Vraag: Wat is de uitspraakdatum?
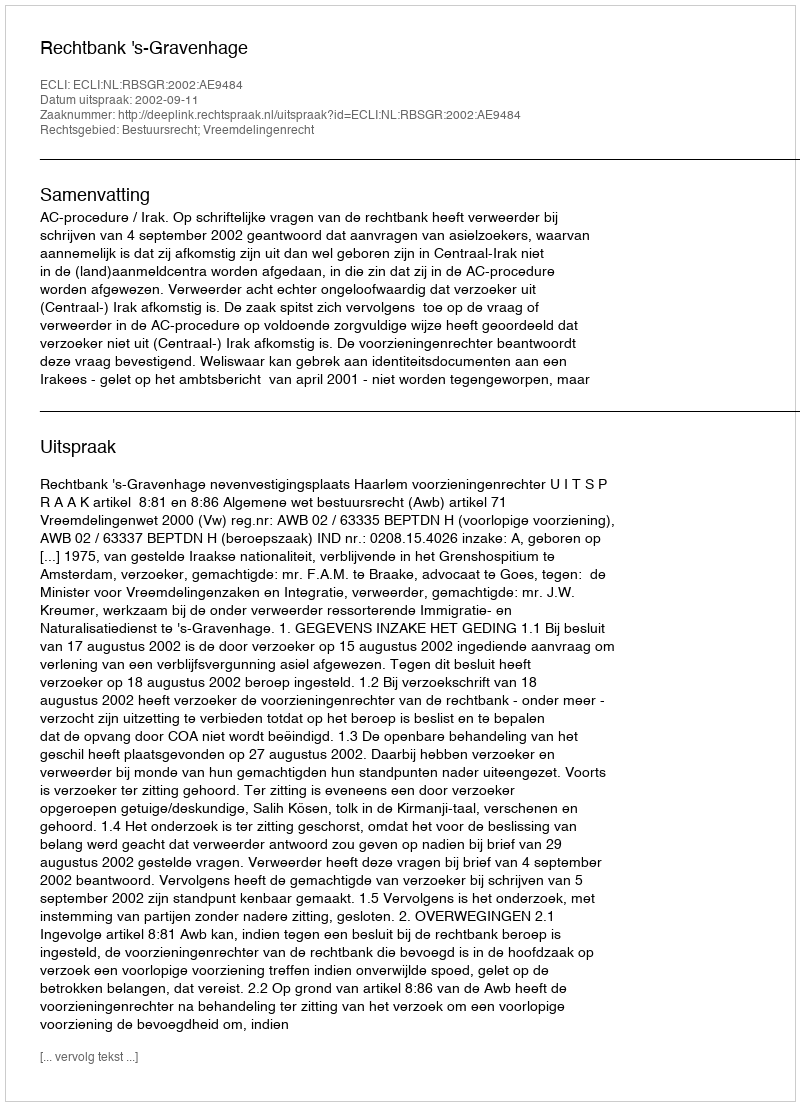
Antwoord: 2002-09-11